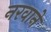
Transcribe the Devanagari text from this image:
नरवाने